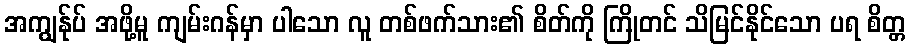
အကျွန်ုပ် အဖို့မူ ကျမ်းဂန်မှာ ပါသော လူ တစ်ဖက်သား၏ စိတ်ကို ကြိုတင် သိမြင်နိုင်သော ပရ စိတ္တ